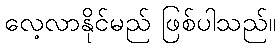
လေ့လာနိုင်မည် ဖြစ်ပါသည်။